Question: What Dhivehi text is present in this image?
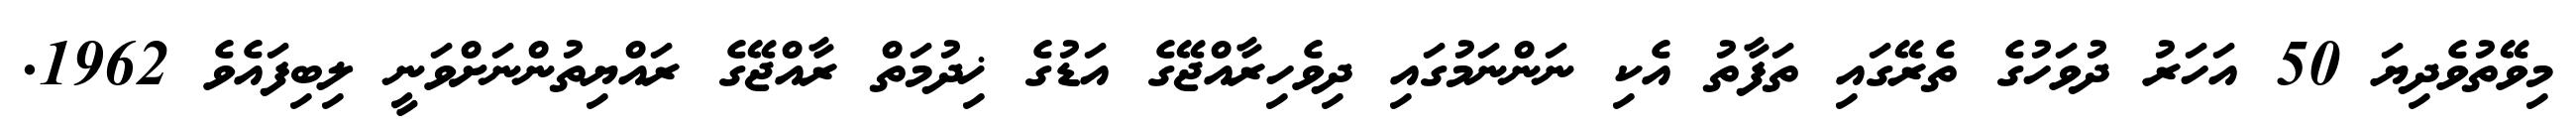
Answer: މިވޭތުވެދިޔަ 50 އަހަރު ދުވަހުގެ ތެރޭގައި ތަފާތު އެކި ނަންނަމުގައި ދިވެހިރާއްޖޭގެ އަޑުގެ ޚިދުމަތް ރާއްޖޭގެ ރައްޔިތުންނަށްވަނީ ލިބިފައެވެ 1962.